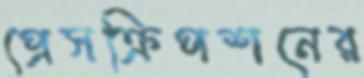
প্রেসক্রিপশনের